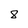
Character: 8